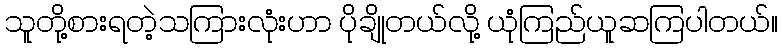
သူတို့စားရတဲ့သကြားလုံးဟာ ပိုချိုတယ်လို့ ယုံကြည်ယူဆကြပါတယ်။